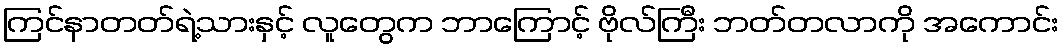
ကြင်နာတတ်ရဲ့သားနှင့် လူတွေက ဘာကြောင့် ဗိုလ်ကြီး ဘတ်တလာကို အကောင်း